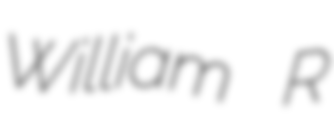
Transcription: William R